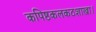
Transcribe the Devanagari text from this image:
कपिष्ठकलकठशाखा।